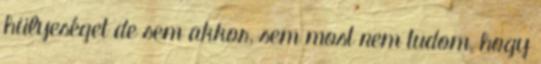
hülyeséget de sem akkor, sem most nem tudom, hogy